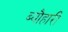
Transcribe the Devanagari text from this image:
ब्यौहारी